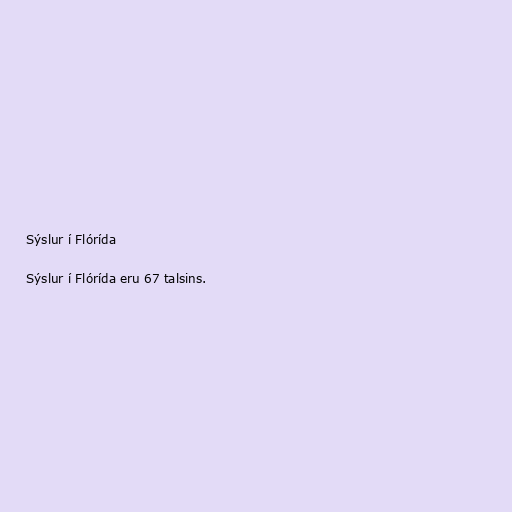
Sýslur í Flórída

Sýslur í Flórída eru 67 talsins.